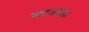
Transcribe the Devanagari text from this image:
मदनशहा